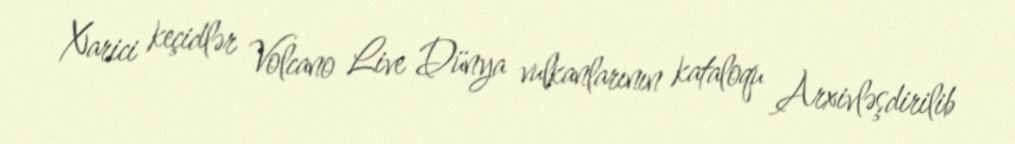
Xarici keçidlər Volcano Live Dünya vulkanlarının kataloqu Arxivləşdirilib